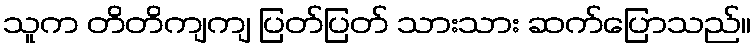
သူက တိတိကျကျ ပြတ်ပြတ် သားသား ဆက်ပြောသည်။